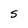
Character: S